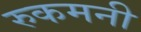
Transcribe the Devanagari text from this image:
रुकमनी